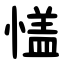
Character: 㦈